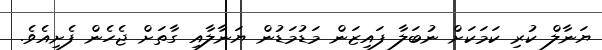
ޔަނާލް ކުރި ކަމަކަށް ނުބަލާ ފައިޒަން މަޑުމަޑުން ޔަނާލާއި ގާތަށް ޖެހެން ފެށިއެވެ.